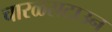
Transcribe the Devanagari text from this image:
चारळसटाउन